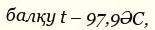
балқу t – 97,9ӘС,